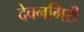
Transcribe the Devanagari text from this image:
देवनगिरी